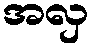
အလှ